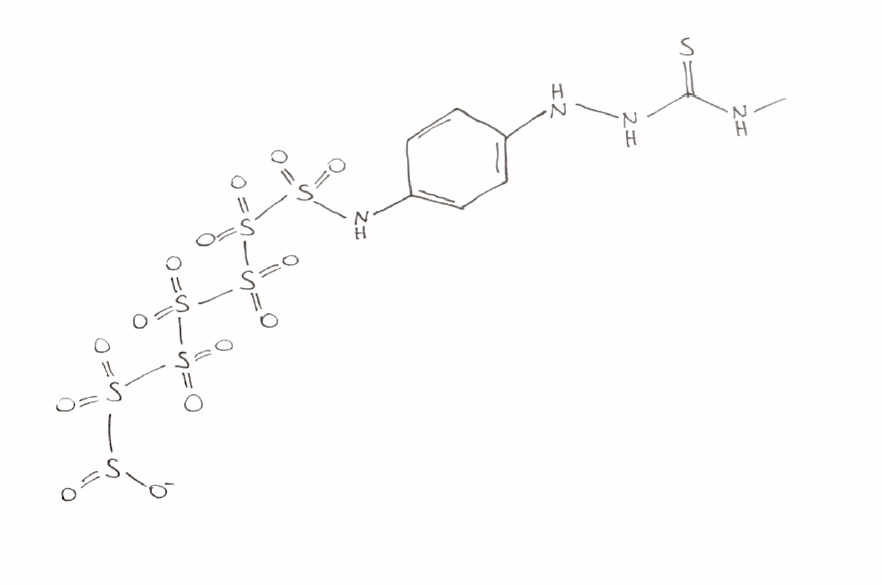
Simplified molecular-input line-entry system (SMILES) notation of the given molecule:
CNC(=S)NNC1=CC=C(C=C1)NS(=O)(=O)S(=O)(=O)S(=O)(=O)S(=O)(=O)S(=O)(=O)S(=O)(=O)S(=O)[O-]